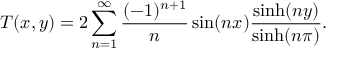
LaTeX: T ( x , y ) = 2 \sum _ { n = 1 } ^ { \infty } { \frac { ( - 1 ) ^ { n + 1 } } { n } } \sin ( n x ) { \frac { \sinh ( n y ) } { \sinh ( n \pi ) } } .